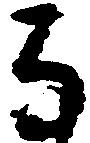
な